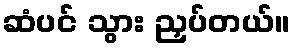
ဆံပင် သွား ညှပ်တယ်။